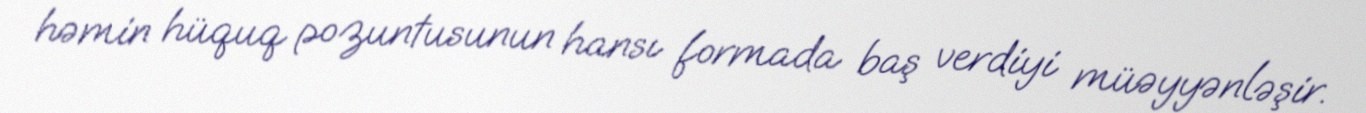
həmin hüquq pozuntusunun hansı formada baş verdiyi müəyyənləşir.